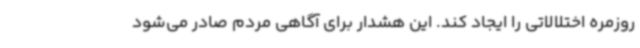
روزمره اختلالاتی را ایجاد کند. این هشدار برای آگاهی مردم صادر می‌شود